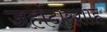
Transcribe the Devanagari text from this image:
जहांदारशाह